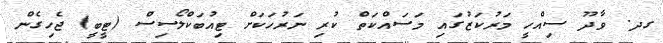
ގދ. ވާދޫ ސިއްހީ މަރުކަޒުގައި މަސައްކަތް ކުރި ނަރުހަކަށް ޓިއުބަކްލޯސިސް (ޓީބީ) ޖެހިގެން